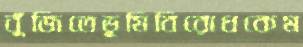
বুঁজিতেভূমিবিরোধকেম